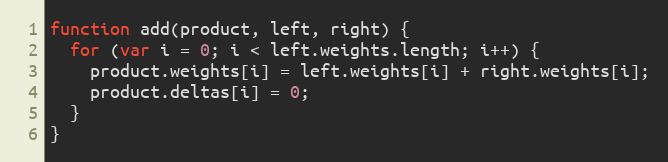
Language: JavaScript
function add(product, left, right) {
  for (var i = 0; i < left.weights.length; i++) {
    product.weights[i] = left.weights[i] + right.weights[i];
    product.deltas[i] = 0;
  }
}